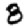
Digit: 8